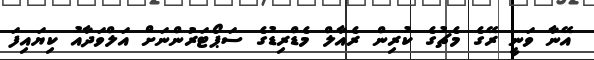
އޭނާ ވަނީ ރޭގެ މެޗުގެ ކުރިން ރެއާލް މެޑްރިޑުގެ ސަޕޯޓަރުންނަށް އަލްވަދާއު ކިޔައިފަ